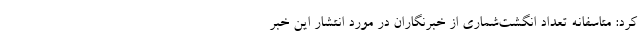
کرد: متاسفانه تعداد انگشت‌شماری از خبرنگاران در مورد انتشار این خبر